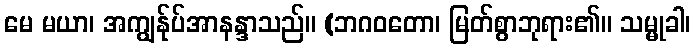
မေ မယာ၊ အကျွန်ုပ်အာနန္ဒာသည်။ (ဘဂဝတော၊ မြတ်စွာဘုရား၏။ သမ္မုခါ၊